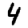
Digit: 4